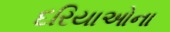
દરિયાઓના